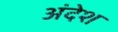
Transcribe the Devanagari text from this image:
अंदेश